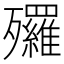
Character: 𣩿